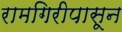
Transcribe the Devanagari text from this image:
रामगिरीपासून